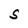
Character: S